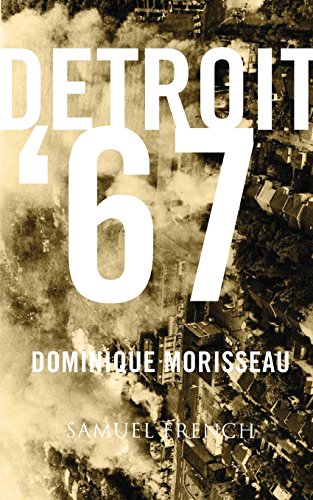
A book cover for Detroit '67; Dominique Morisseau; Literature & Fiction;